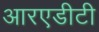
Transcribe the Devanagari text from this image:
आरएडीटी